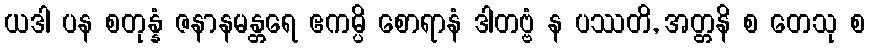
ယဒါ ပန စတုန္နံ ဇနာနမန္တရေ ဧကမ္ပိ စောရာနံ ဒါတဗ္ဗံ န ပဿတိ, အတ္တနိ စ တေသု စ